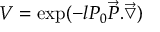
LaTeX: V = \exp ( - l P _ { 0 } \overrightarrow { P } . \overrightarrow { \bigtriangledown } )